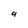
Character: g